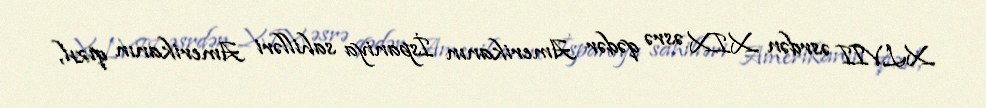
XLVII əsrdən XIX əsrə qədər Amerikanın İspaniya sahilləri Amerikanın qızıl,